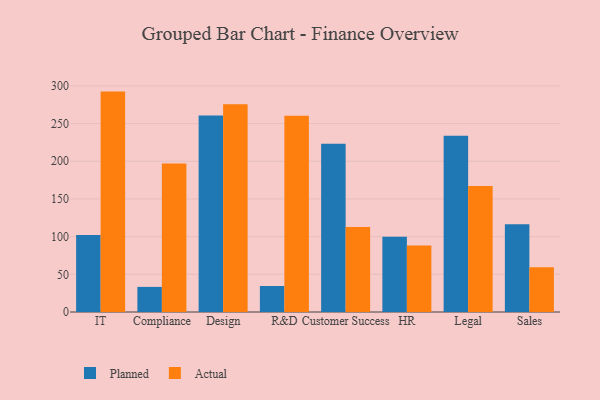
{"axis": {"x": "Department", "y": "Headcount"}, "legend": ["Actual", "Planned"], "data": [{"x": "IT", "y": 102.0, "type": "Planned"}, {"x": "IT", "y": 292.4, "type": "Actual"}, {"x": "Compliance", "y": 33.3, "type": "Planned"}, {"x": "Compliance", "y": 197.1, "type": "Actual"}, {"x": "Design", "y": 260.7, "type": "Planned"}, {"x": "Design", "y": 275.6, "type": "Actual"}, {"x": "R&D", "y": 34.5, "type": "Planned"}, {"x": "R&D", "y": 260.4, "type": "Actual"}, {"x": "Customer Success", "y": 223.3, "type": "Planned"}, {"x": "Customer Success", "y": 112.7, "type": "Actual"}, {"x": "HR", "y": 99.9, "type": "Planned"}, {"x": "HR", "y": 88.3, "type": "Actual"}, {"x": "Legal", "y": 233.8, "type": "Planned"}, {"x": "Legal", "y": 167.1, "type": "Actual"}, {"x": "Sales", "y": 116.3, "type": "Planned"}, {"x": "Sales", "y": 59.3, "type": "Actual"}]}